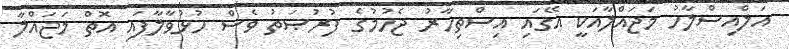
އަލްއިސްލާހު މަޖައްލާއަކީ އޭގައި އިސްތިހާރު ޖެހުމުގެ ފުރުޞަތު ވެސް ހުޅުވާލާފައި އޮތް މަޖައްލާ